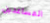
المساعدين